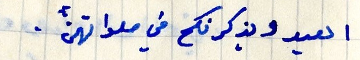
العيد ويذكرنكم في صلواتهن.